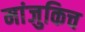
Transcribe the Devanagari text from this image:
मांजुकिच